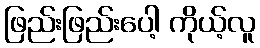
ဖြည်းဖြည်းပေါ့ ကိုယ့်လူ